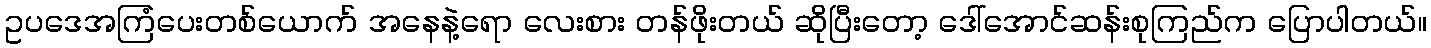
ဥပဒေအကြံပေးတစ်ယောက် အနေနဲ့ရော လေးစား တန်ဖိုးတယ် ဆိုပြီးတော့ ဒေါ်အောင်ဆန်းစုကြည်က ပြောပါတယ်။